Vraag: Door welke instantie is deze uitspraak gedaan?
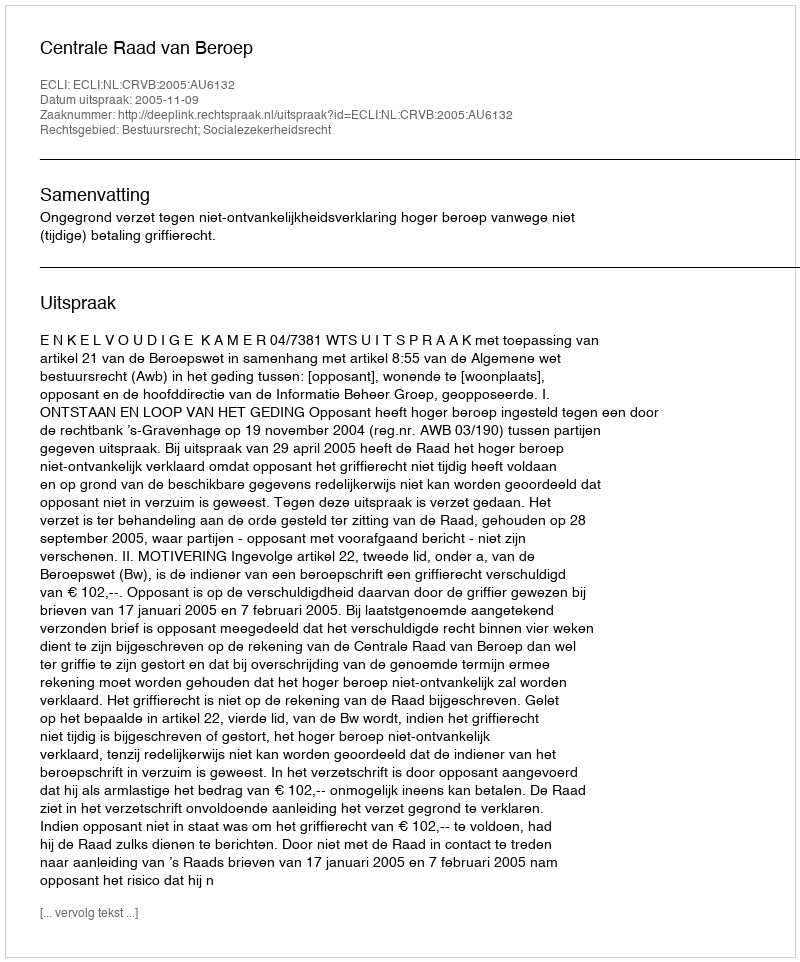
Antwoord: Centrale Raad van Beroep